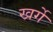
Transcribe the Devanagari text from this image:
खर्गे